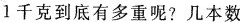
1千克到底有多重呢?几本数